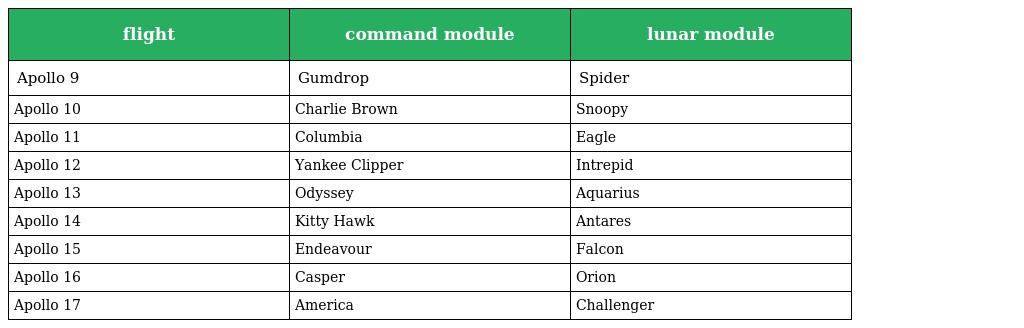
| flight | command module | lunar module |
 | --- | --- | --- |
 | Apollo 9 | Gumdrop | Spider |
 | Apollo 10 | Charlie Brown | Snoopy |
 | Apollo 11 | Columbia | Eagle |
 | Apollo 12 | Yankee Clipper | Intrepid |
 | Apollo 13 | Odyssey | Aquarius |
 | Apollo 14 | Kitty Hawk | Antares |
 | Apollo 15 | Endeavour | Falcon |
 | Apollo 16 | Casper | Orion |
 | Apollo 17 | America | Challenger |